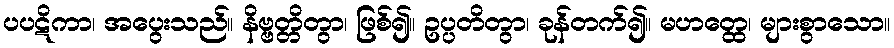
ပပဋိကာ၊ အပွေးသည်။ နိဗ္ဗတ္တိတွာ၊ ဖြစ်၍။ ဥပ္ပတိတွာ၊ ခုန်တက်၍။ မဟတ္ထေ၊ များစွာသော။